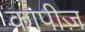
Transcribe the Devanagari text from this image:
कापीज़